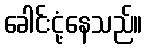
ခေါင်းငုံ့နေသည်။